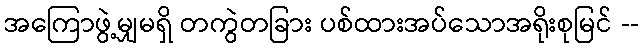
အကြောဖွဲ့မျှမရှိ တကွဲတခြား ပစ်ထားအပ်သောအရိုးစုမြင် --